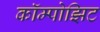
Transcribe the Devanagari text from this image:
कॉम्पोझिट